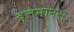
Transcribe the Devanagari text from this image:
वृत्तमानस